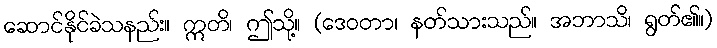
ဆောင်နိုင်ခဲသနည်း။ ဣတိ၊ ဤသို့။ (ဒေဝတာ၊ နတ်သားသည်။ အဘာသိ၊ ရွတ်၏။)